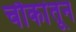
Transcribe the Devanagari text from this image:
चौकांतून